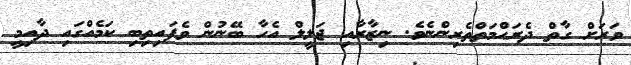
ވަރަށް ގާތް ދެރަޙްމަތްތެރިންނެވެ. ނިޒާރާއި ޖަލީލް އެހާ ބޭނުން ވެފައިތިބި ކަމެއްގައި ދާއިމީ